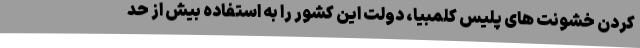
کردن خشونت های پلیس کلمبیا، دولت این کشور را به استفاده بیش از حد